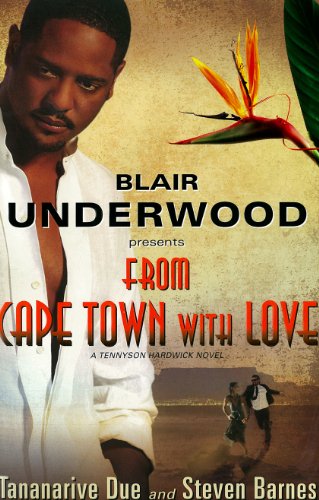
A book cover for From Cape Town with Love (Tennyson Hardwick); Tananarive Due; Mystery, Thriller & Suspense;